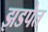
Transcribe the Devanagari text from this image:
झडपेत